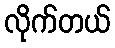
လိုက်တယ်